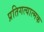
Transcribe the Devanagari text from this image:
प्रतिगत्यात्मक